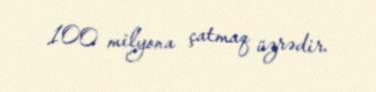
100 milyona çatmaq üzrədir.